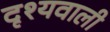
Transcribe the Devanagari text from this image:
दृश्यवाली